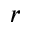
r